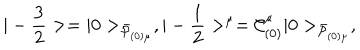
| - { \frac { 3 } { 2 } } > = | 0 > _ { { \bar { \cal P } } _ { ( 0 ) \mu } } , | - { \frac { 1 } { 2 } } > ^ { \mu } = { \cal C } _ { ( 0 ) } ^ { \mu } | 0 > _ { \bar { \cal P } _ { ( 0 ) \mu } } ,